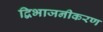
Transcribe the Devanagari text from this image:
द्विभाजनीकरण